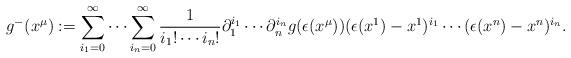
LaTeX: \begin{align*}g^-(x^{\mu}):=\sum_{i_1=0}^{\infty}\cdots\sum_{i_n=0}^{\infty}\frac{1}{i_1!\cdots i_n!}\partial_1^{i_1}\cdots \partial_n^{i_n}g(\epsilon(x^{\mu})) (\epsilon(x^1)-x^1)^{i_1}\cdots(\epsilon(x^n)-x^n)^{i_n}.\end{align*}